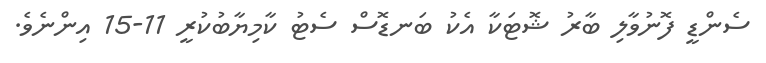
ސެންޑީ ފޮނުވާލި ބާރު ޝޮޓަކާ އެކު ބަނޑޮސް ސެޓު ކާމިޔާބުކުރީ 11-15 އިންނެވެ.